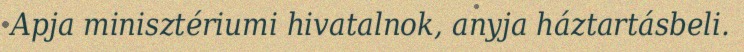
Apja minisztériumi hivatalnok, anyja háztartásbeli.